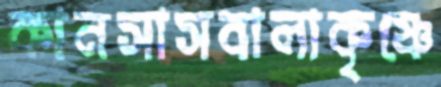
কানসাসবালাকৃষ্ণে